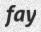
fay